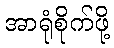
အာရုံစိုက်ဖို့